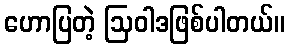
ဟောပြတဲ့ ဩဝါဒဖြစ်ပါတယ်။